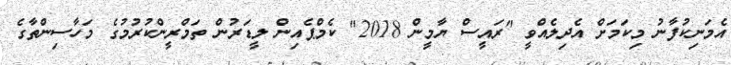
އެމަނިކުފާނު މިކަމަށް އެދިލެއްވީ "ރައީސް ޔާމީން 2018" ކެމްޕެއިން ލީޑަރުން ތަމްރީންކުރުމުގެ މަހާސިންތާގެ